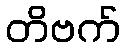
တိဗက်